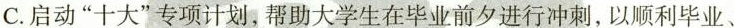
C.启动”十大”专项计划，帮助大学生在毕业前夕进行冲刺，以顺利毕业、